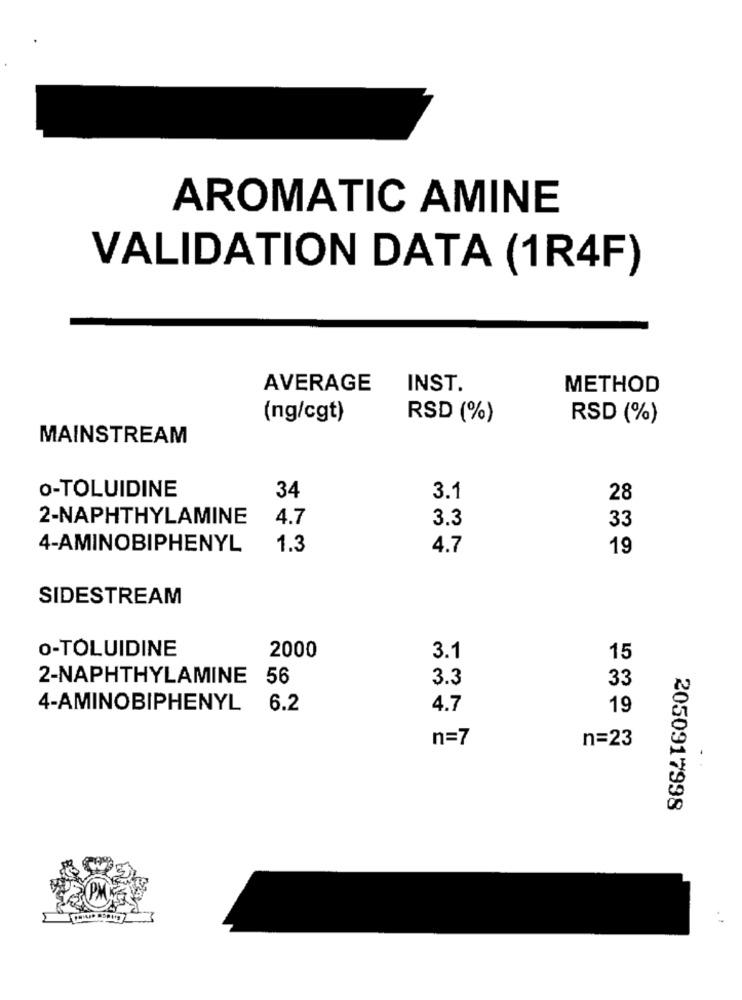
AROMATIC AMINE
VALIDATION DATA (1R4F)
AVERAGE
INST.
METHOD
(ng/cgt)
RSD (%)
RSD (%)
MAINSTREAM
o-TOLUIDINE
34
3.1
28
2-NAPHTHYLAMINE
4.7
3.3
33
4-AMINOBIPHENYL
1.3
4.7
19
SIDESTREAM
O-TOLUIDINE
2000
3.1
15
2-NAPHTHYLAMINE 56
3.3
33
4-AMINOBIPHENYL
6.2
4.7
19
n=7
n=23
2050917998